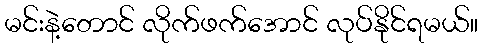
မင်းနဲ့တောင် လိုက်ဖက်အောင် လုပ်နိုင်ရမယ်။